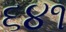
૬૪૧